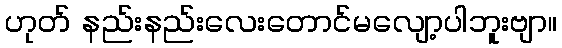
ဟုတ် နည်းနည်းလေးတောင်မလျော့ပါဘူးဗျာ။